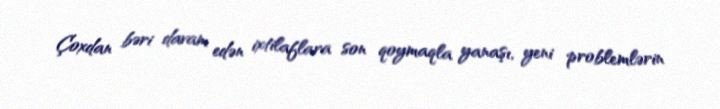
Çoxdan bəri davam edən ixtilaflara son qoymaqla yanaşı, yeni problemlərin